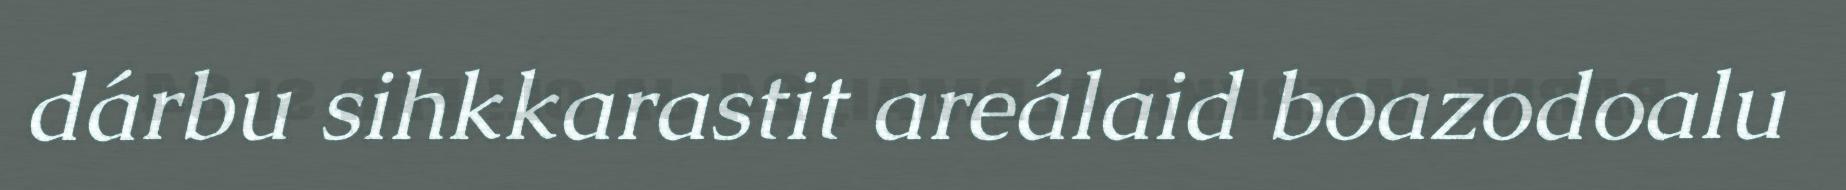
dárbu sihkkarastit areálaid boazodoalu